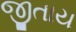
જીતાય